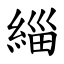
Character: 緇